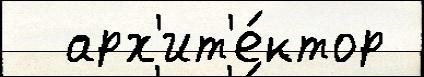
  арх'ит'е́ктор